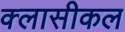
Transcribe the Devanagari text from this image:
क्लासीकल